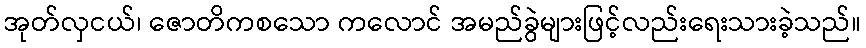
အုတ်လှငယ်၊ ဇောတိကစသော ကလောင် အမည်ခွဲများဖြင့်လည်းရေးသားခဲ့သည်။